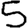
Digit: 5